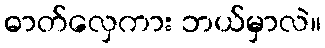
ဓာတ်လှေကား ဘယ်မှာလဲ။